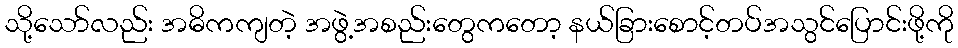
သို့သော်လည်း အဓိကကျတဲ့ အဖွဲ့အစည်းတွေကတော့ နယ်ခြားစောင့်တပ်အသွင်ပြောင်းဖို့ကို